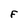
Character: F